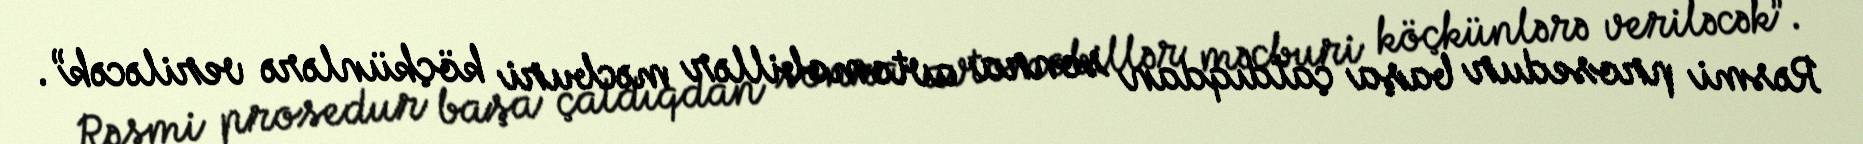
Rəsmi prosedur başa çatdıqdan sonra avtomobillər məcburi köçkünlərə veriləcək”.